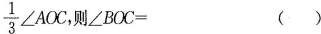
\frac { 1 } { 3 } ∠ A O C$$ 则$$∠ B O C =$$ ( )